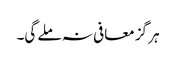
ہر گز معافی نہ ملے گی۔